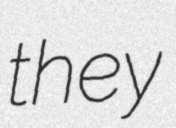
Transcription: they